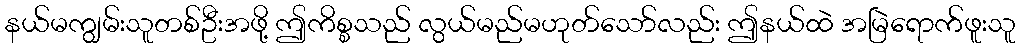
နယ်မကျွမ်းသူတစ်ဦးအဖို့ ဤကိစ္စသည် လွယ်မည်မဟုတ်သော်လည်း ဤနယ်ထဲ အမြဲရောက်ဖူးသူ